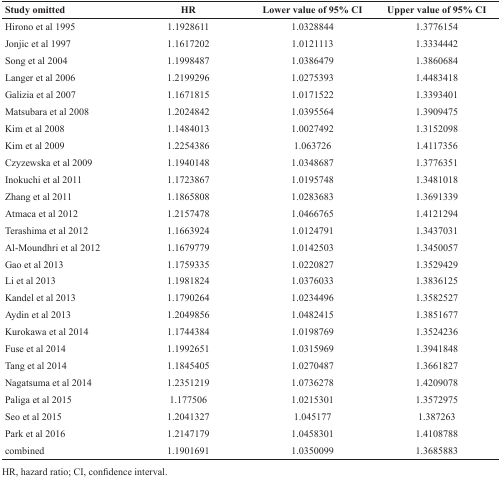
<table><thead><tr><td><b>Study omitted</b></td><td><b>HR</b></td><td><b>Lower value of 95% CI</b></td><td><b>Upper value of 95% CI</b></td></tr></thead><tbody><tr><td>Hirono et al 1995</td><td>1.1928611</td><td>1.0328844</td><td>1.3776154</td></tr><tr><td>Jonjic et al 1997</td><td>1.1617202</td><td>1.0121113</td><td>1.3334442</td></tr><tr><td>Song et al 2004</td><td>1.1998487</td><td>1.0386479</td><td>1.3860684</td></tr><tr><td>Langer et al 2006</td><td>1.2199296</td><td>1.0275393</td><td>1.4483418</td></tr><tr><td>Galizia et al 2007</td><td>1.1671815</td><td>1.0171522</td><td>1.3393401</td></tr><tr><td>Matsubara et al 2008</td><td>1.2024842</td><td>1.0395564</td><td>1.3909475</td></tr><tr><td>Kim et al 2008</td><td>1.1484013</td><td>1.0027492</td><td>1.3152098</td></tr><tr><td>Kim et al 2009</td><td>1.2254386</td><td>1.063726</td><td>1.4117356</td></tr><tr><td>Czyzewska et al 2009</td><td>1.1940148</td><td>1.0348687</td><td>1.3776351</td></tr><tr><td>Inokuchi et al 2011</td><td>1.1723867</td><td>1.0195748</td><td>1.3481018</td></tr><tr><td>Zhang et al 2011</td><td>1.1865808</td><td>1.0283683</td><td>1.3691339</td></tr><tr><td>Atmaca et al 2012</td><td>1.2157478</td><td>1.0466765</td><td>1.4121294</td></tr><tr><td>Terashima et al 2012</td><td>1.1663924</td><td>1.0124791</td><td>1.3437031</td></tr><tr><td>Al-Moundhri et al 2012</td><td>1.1679779</td><td>1.0142503</td><td>1.3450057</td></tr><tr><td>Gao et al 2013</td><td>1.1759335</td><td>1.0220827</td><td>1.3529429</td></tr><tr><td>Li et al 2013</td><td>1.1981824</td><td>1.0376033</td><td>1.3836125</td></tr><tr><td>Kandel et al 2013</td><td>1.1790264</td><td>1.0234496</td><td>1.3582527</td></tr><tr><td>Aydin et al 2013</td><td>1.2049856</td><td>1.0482415</td><td>1.3851677</td></tr><tr><td>Kurokawa et al 2014</td><td>1.1744384</td><td>1.0198769</td><td>1.3524236</td></tr><tr><td>Fuse et al 2014</td><td>1.1992651</td><td>1.0315969</td><td>1.3941848</td></tr><tr><td>Tang et al 2014</td><td>1.1845405</td><td>1.0270487</td><td>1.3661827</td></tr><tr><td>Nagatsuma et al 2014</td><td>1.2351219</td><td>1.0736278</td><td>1.4209078</td></tr><tr><td>Paliga et al 2015</td><td>1.177506</td><td>1.0215301</td><td>1.3572975</td></tr><tr><td>Seo et al 2015</td><td>1.2041327</td><td>1.045177</td><td>1.387263</td></tr><tr><td>Park et al 2016</td><td>1.2147179</td><td>1.0458301</td><td>1.4108788</td></tr><tr><td>combined</td><td>1.1901691</td><td>1.0350099</td><td>1.3685883</td></tr></tbody></table>